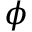
\phi